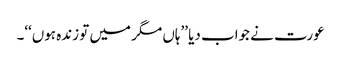
عورت نے جواب دیا ’’ہاں مگر میں تو زندہ ہوں‘‘۔